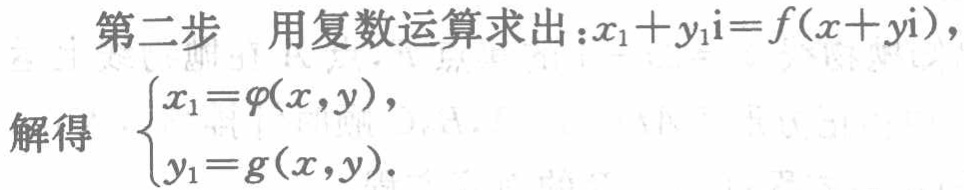
第二步 用复数运算求出：\(x_{1}+y_{1}\mathrm{i}=f(x + y\mathrm{i})\)，
解得 \(\begin{cases}
x_{1}=\varphi(x,y),\\
y_{1}=g(x,y).
\end{cases}\)